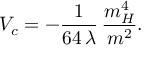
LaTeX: V _ { c } = - \frac { 1 } { 6 4 \, \lambda } \, \frac { m _ { H } ^ { 4 } } { m ^ { 2 } } .